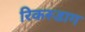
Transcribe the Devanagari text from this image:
रिकस्डाग